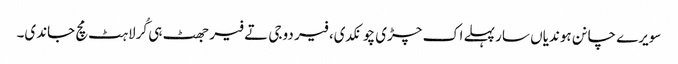
سویرے چانن ہوندیاں سار پہلے اک چڑی چونکدی، فیر دوجی تے فیر جھٹ ہی کُرلاہٹ مچ جاندی۔